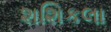
શશિકલા